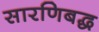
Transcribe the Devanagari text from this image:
सारणिबद्ध